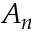
A _ { n }